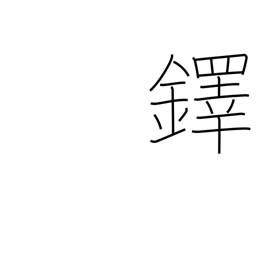
Meaning: large hand bell